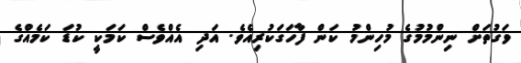
ވަގުތަށް ނިންމުމުގެ މުހިންމު ކަން ފާހަގަކުރިއެވެ. އަދި އެއްވެސް ކަމަކީ ކުޑަ ކަމެއްގެ